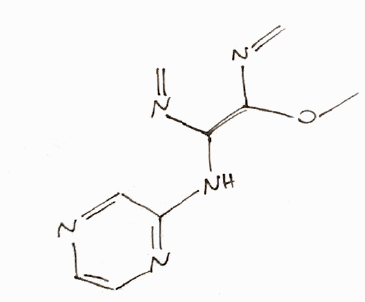
Simplified molecular-input line-entry system (SMILES) notation of the given molecule:
CO/C(=C(\NC1=NC=CN=C1)/N=C)/N=C